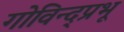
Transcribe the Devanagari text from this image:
गोविन्द्प्रभू